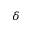
\delta